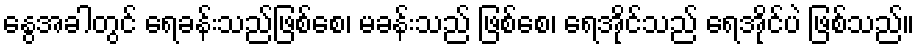
နွေအခါတွင် ရေခန်းသည်ဖြစ်စေ၊ မခန်းသည် ဖြစ်စေ၊ ရေအိုင်သည် ရေအိုင်ပဲ ဖြစ်သည်။